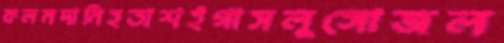
কলমদানিহতাশইগাসলুঙ্গোজল